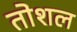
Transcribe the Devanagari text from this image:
तोशल